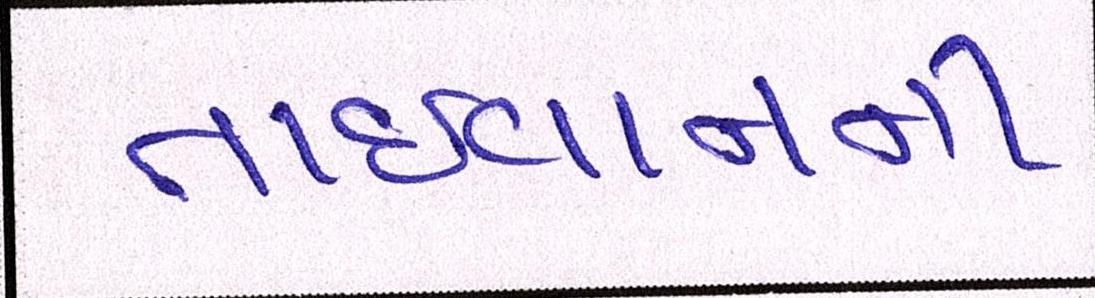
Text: તાઈવાનની